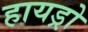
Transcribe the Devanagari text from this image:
हायड्रो